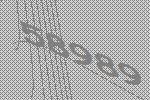
58989